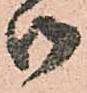
御